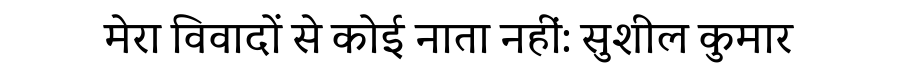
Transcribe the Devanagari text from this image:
मेरा विवादों से कोई नाता नहीं: सुशील कुमार